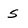
Character: S